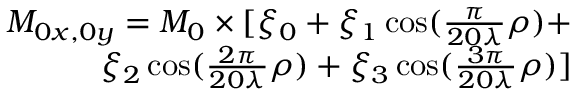
\begin{array} { r } { M _ { 0 x , 0 y } = M _ { 0 } \times [ \xi _ { 0 } + \xi _ { 1 } \cos ( \frac { \pi } { 2 0 \lambda } \rho ) + } \\ { \xi _ { 2 } \cos ( \frac { 2 \pi } { 2 0 \lambda } \rho ) + \xi _ { 3 } \cos ( \frac { 3 \pi } { 2 0 \lambda } \rho ) ] } \end{array}